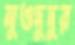
মুওদুদুর